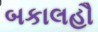
બકાલહૌ